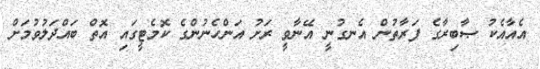
އެއާއެކު ޞާބިރާގެ ފަރާތުން އެނގުނީ އޭނާވީ ރަށު އަންހެނުންގެ ކޮމެޓީގައި އޮތް ބައްދަލުވުމަށް